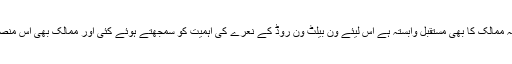
سی پیک سے پورے پاکستان اور ہمسایہ ممالک کا بھی مستقبل وابستہ ہے اس لیئے ون بیلٹ ون روڈ کے نعرے کی اہمیت کو سمجھتے ہوئے کئی اور ممالک بھی اس منصوبے کا حصہ بننے کے لیئے تیار ہیں۔